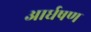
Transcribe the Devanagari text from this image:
आर्धषण